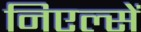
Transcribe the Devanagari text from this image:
निएल्सें